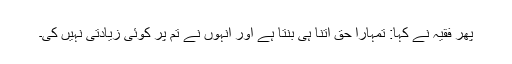
پھر فقیہ نے کہا: تمہارا حق اتنا ہی بنتا ہے اور انہوں نے تم پر کوئی زیادتی نہیں کی۔